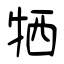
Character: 牺